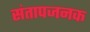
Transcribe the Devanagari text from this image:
संतापजनक